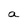
Character: a